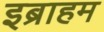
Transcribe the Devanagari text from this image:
इब्राहम